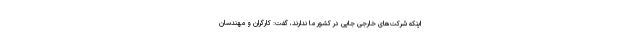
اینکه شرکت‌های خارجی جایی در کشور ما ندارند، گفت: کارگران و مهندسان